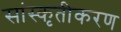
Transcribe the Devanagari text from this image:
सांस्कृतीकरण